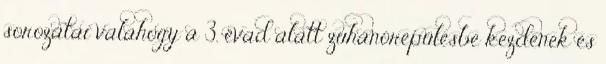
sorozatai valahogy a 3. évad alatt zuhanórepülésbe kezdenek és